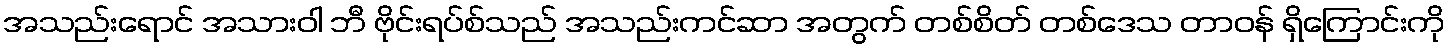
အသည်းရောင် အသားဝါ ဘီ ဗိုင်းရပ်စ်သည် အသည်းကင်ဆာ အတွက် တစ်စိတ် တစ်ဒေသ တာဝန် ရှိကြောင်းကို